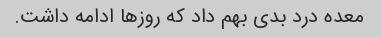
معده درد بدی بهم داد که روز‌ها ادامه داشت.